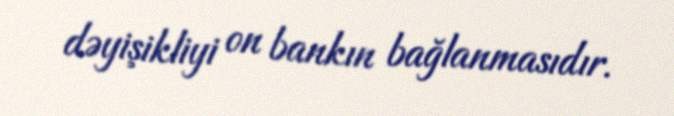
dəyişikliyi on bankın bağlanmasıdır.